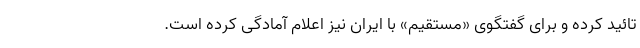
تائید کرده و برای گفتگوی «مستقیم» با ایران نیز اعلام آمادگی کرده است.